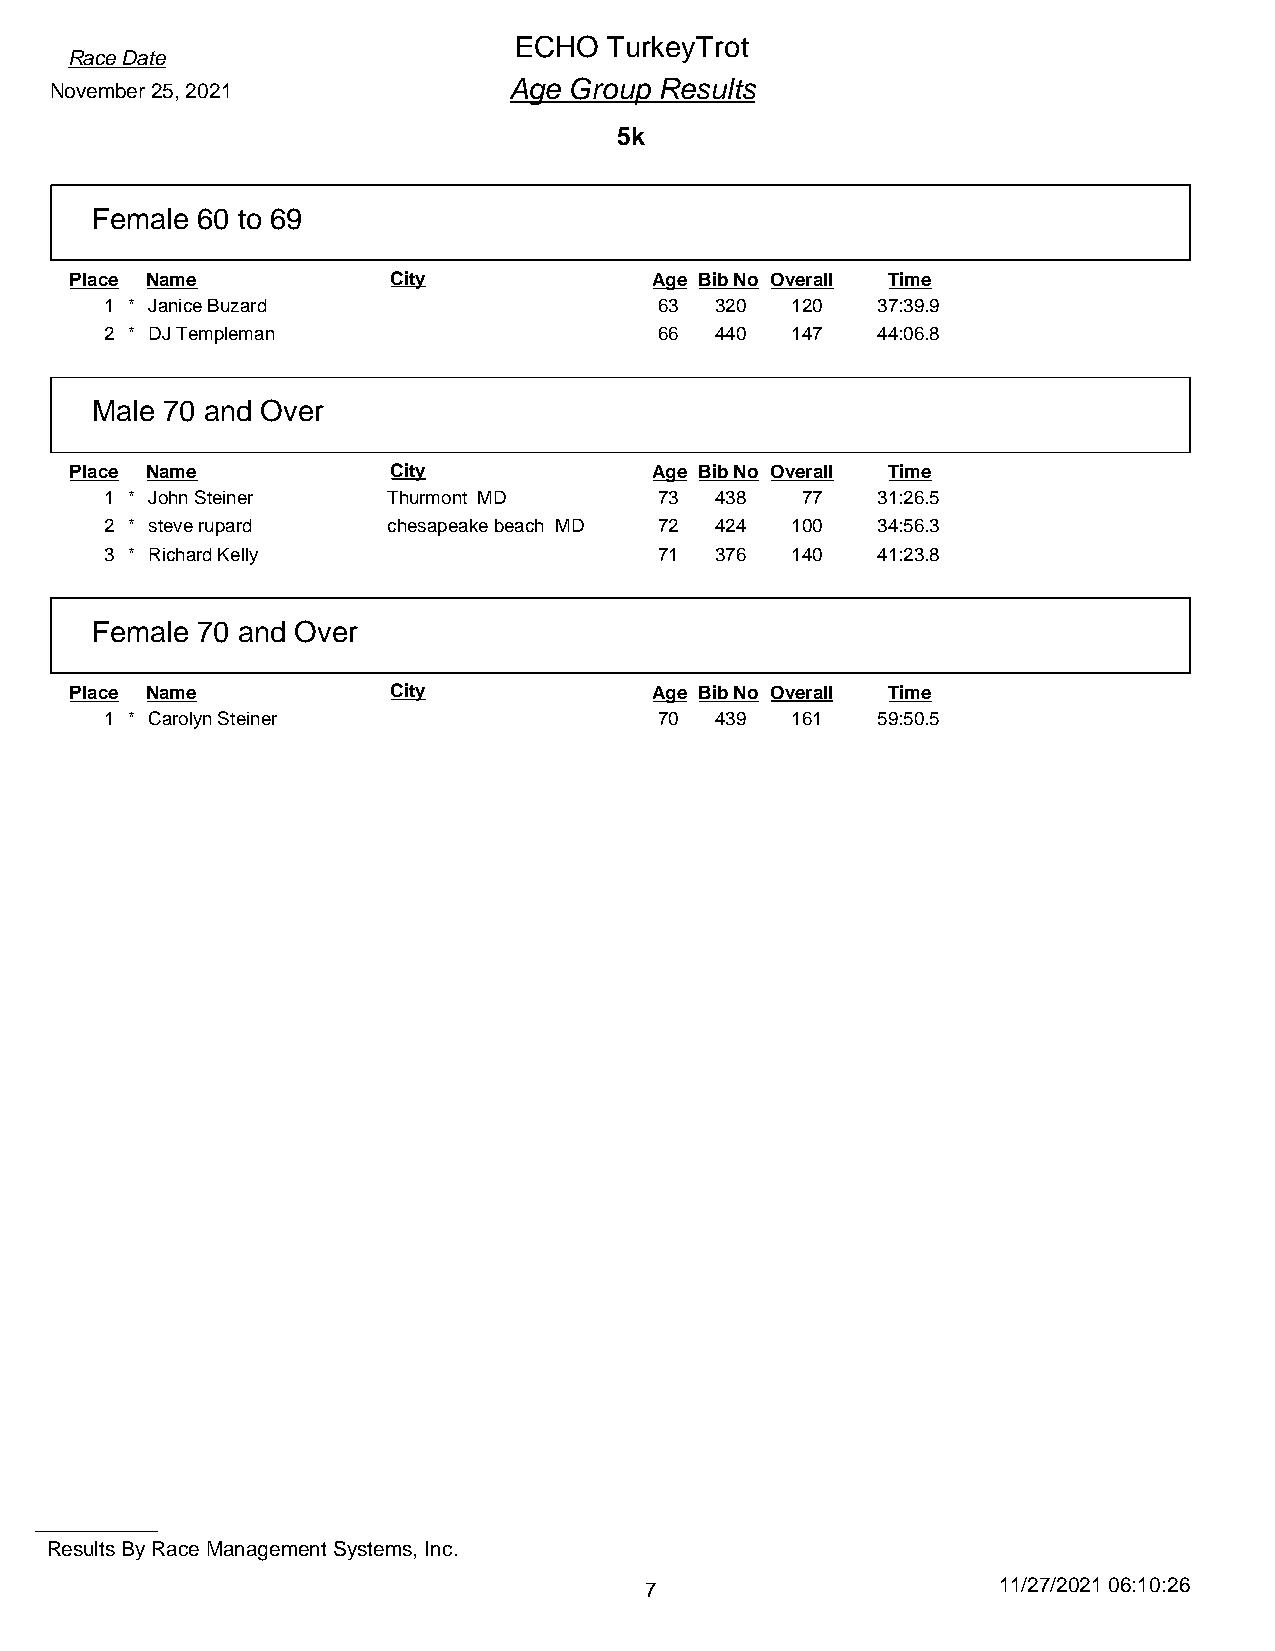
ECHO  TurkeyTrot
 Race Date
 November 25, 2021              Age Group Results
 5k
 Female 60 to 69
 Place Name           City             Age Bib No Overall Time
 1 * Janice Buzard                    63 320  120   37:39.9
 2 * DJ Templeman                     66 440  147   44:06.8
 Male 70 and Over
 Place Name           City             Age Bib No Overall Time
 1 * John Steiner   Thurmont MD       73 438   77   31:26.5
 2 * steve rupard   chesapeake beach MD 72 424 100  34:56.3
 3 * Richard Kelly                    71 376  140   41:23.8
 Female 70 and Over
 Place Name           City             Age Bib No Overall Time
 1 * Carolyn Steiner                  70 439  161   59:50.5
 Results By Race Management Systems, Inc.
 7                      11/27/2021 06:10:26